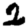
Digit: 2